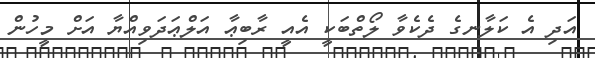
އަދި އެ ކަލާނގެ ދެކެވާ ލޯތްބަކީ އެއީ ރާބިޢާ އަލްޢަދަވިއްޔާ އަށް މީހުން